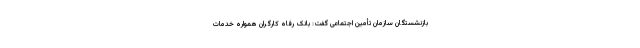
بازنشستگان سازمان تأمین اجتماعی گفت: بانک رفاه کارگران همواره خدمات